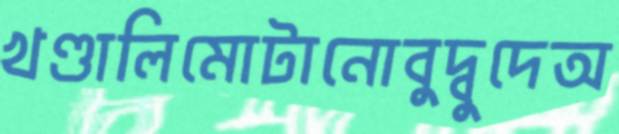
খণ্ডালিমোটানোবুদ্বুদেঅ